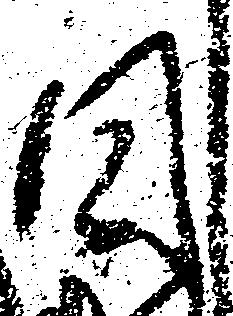
日